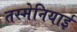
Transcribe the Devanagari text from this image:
तस्मेनियाई